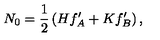
N _ { 0 } = \frac 1 2 \left( H f _ { A } ^ { \prime } + K f _ { B } ^ { \prime } \right) ,